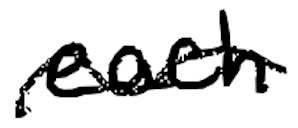
Text: each
Cross-out: wave
Writing tool: digital_black